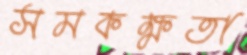
সমকক্ষতা